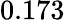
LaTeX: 0.173